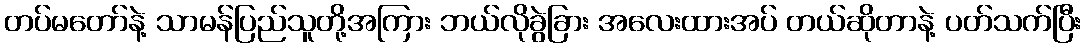
တပ်မတော်နဲ့ သာမန်ပြည်သူတို့အကြား ဘယ်လိုခွဲခြား အလေးထားအပ် တယ်ဆိုတာနဲ့ ပတ်သက်ပြီး